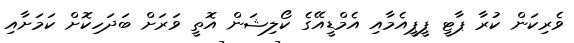
ވެރިކަން ކުރާ ޕާޓީ ޕީޕީއެމާއި އެމްޑީއޭގެ ކޯލިޝަން އޮތީ ވަރަށް ބަދަހިކޮށް ކަމަށާއި